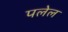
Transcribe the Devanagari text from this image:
पलेल